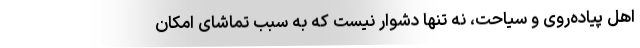
اهلِ پیاده‌روی و سیاحت، نه تنها دشوار نیست که به سبب تماشای امکان